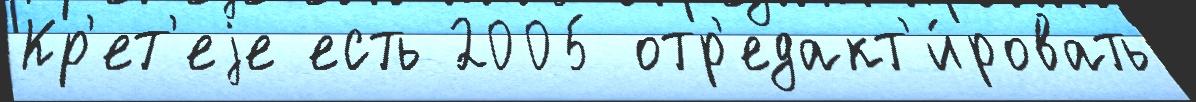
Кр'ет'еjе есть 2005 отр'едакт'и́ровать